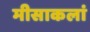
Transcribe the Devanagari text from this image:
मीसाकलां